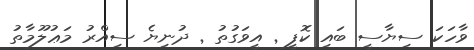
ވާހަކަ ސިޔާސީ ބައި ކޮފީ